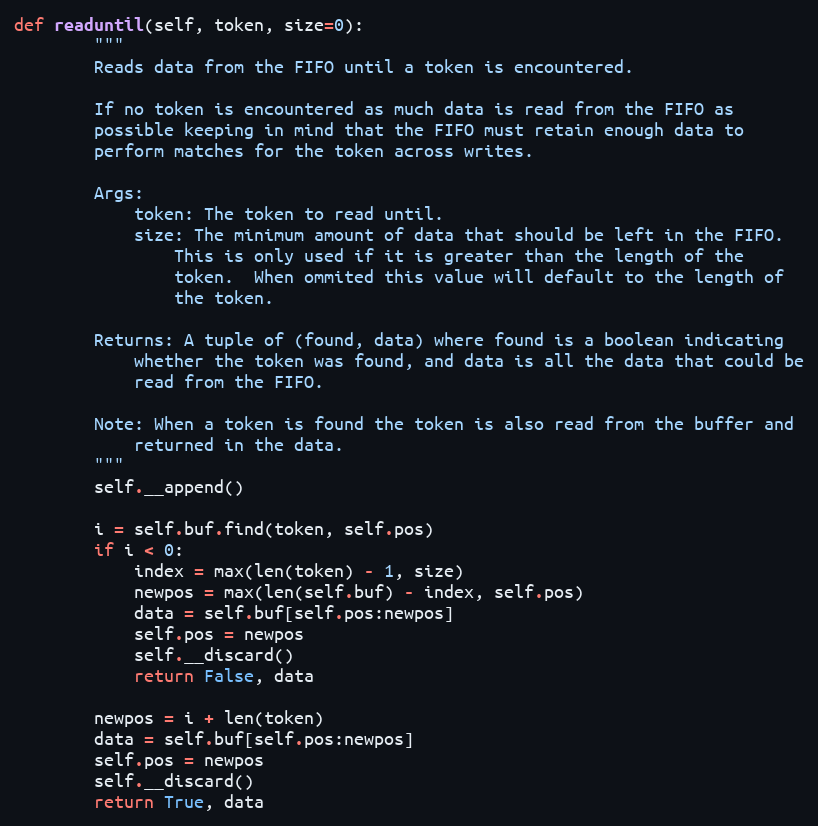
Language: Python
def readuntil(self, token, size=0):
        """
        Reads data from the FIFO until a token is encountered.

        If no token is encountered as much data is read from the FIFO as
        possible keeping in mind that the FIFO must retain enough data to
        perform matches for the token across writes.

        Args:
            token: The token to read until.
            size: The minimum amount of data that should be left in the FIFO.
                This is only used if it is greater than the length of the
                token.  When ommited this value will default to the length of
                the token.

        Returns: A tuple of (found, data) where found is a boolean indicating
            whether the token was found, and data is all the data that could be
            read from the FIFO.

        Note: When a token is found the token is also read from the buffer and
            returned in the data.
        """
        self.__append()

        i = self.buf.find(token, self.pos)
        if i < 0:
            index = max(len(token) - 1, size)
            newpos = max(len(self.buf) - index, self.pos)
            data = self.buf[self.pos:newpos]
            self.pos = newpos
            self.__discard()
            return False, data

        newpos = i + len(token)
        data = self.buf[self.pos:newpos]
        self.pos = newpos
        self.__discard()
        return True, data